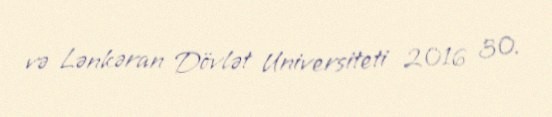
və Lənkəran Dövlət Universiteti 2016 30.